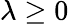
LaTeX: \lambda\ge 0